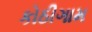
કોઠીગામ